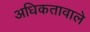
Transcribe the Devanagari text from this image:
अधिकतावाले